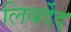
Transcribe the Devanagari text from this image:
लिबर्देद